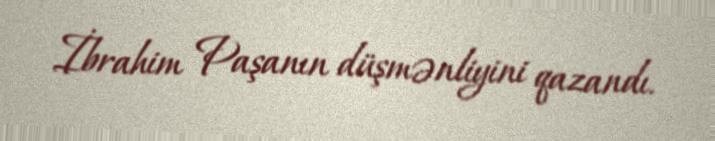
İbrahim Paşanın düşmənliyini qazandı.